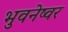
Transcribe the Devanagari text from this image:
भुवनेष्वर